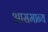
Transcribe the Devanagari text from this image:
आसमान्य